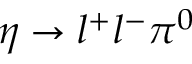
\eta \rightarrow l ^ { + } l ^ { - } \pi ^ { 0 }